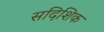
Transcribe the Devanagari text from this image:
सदिशिक